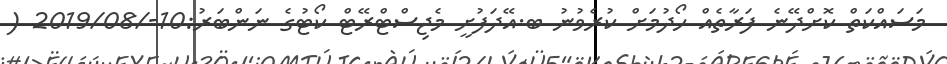
މަސައްކަތް ކޮށްދޭނެ ފަރާތެއް ހޯދުމަށް ކުރެވުނު ބ.އޭދަފުށީ މެޖިސްޓްރޭޓް ކޯޓުގެ ނަންބަރު:10-/2019/08 (